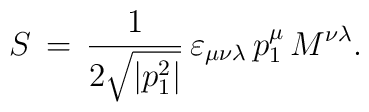
S\,=\,\frac{1}{2\sqrt{|p_1^2|}}\,\varepsilon_{\mu \nu\lambda}\,p_1^{\mu}\,M^{\nu \lambda}.